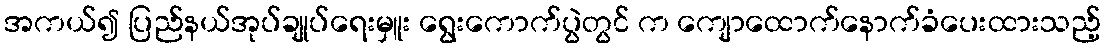
အကယ်၍ ပြည်နယ်အုပ်ချုပ်ရေးမှူး ရွေးကောက်ပွဲတွင် က ကျောထောက်နောက်ခံပေးထားသည့်